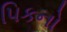
પિકનો